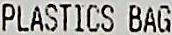
PLASTICS BAG